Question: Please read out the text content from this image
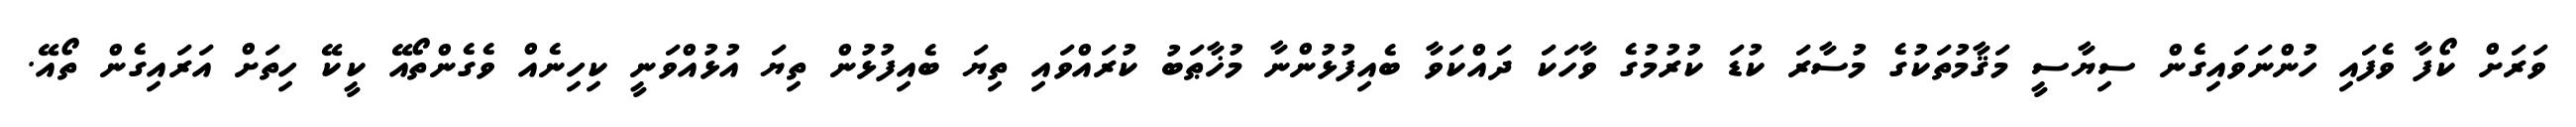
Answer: ވަރަށް ކޯފާ ވެފައި ހުންނަވައިގެން ސިޔާސީ މަޤާމުތަކުގެ މުސާރަ ކުޑަ ކުރުމުގެ ވާހަކަ ދައްކަވާ ބެއިފުޅުންނާ މުޚާޠަބު ކުރައްވައި ތިޔަ ބެއިފުޅުން ތިޔަ އުޅުއްވަނީ ކިހިނެއް ވެގެންތޯއޭ ކީކޭ ހިތަށް އަރައިގެން ތޯއޭ.